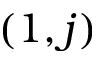
\left( 1 , j \right)